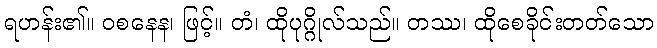
ရဟန်း၏။ ဝစနေန၊ ဖြင့်။ တံ၊ ထိုပုဂ္ဂိုလ်သည်။ တဿ၊ ထိုစေခိုင်းတတ်သော